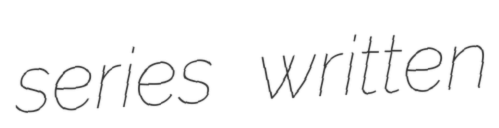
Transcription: series written